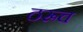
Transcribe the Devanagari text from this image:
ठरूच